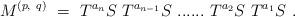
LaTeX: \begin{align*}M^{(p,~q)}~=~ T^{a_n} S~ T^{a_{n-1}} S~ ......~T^{a_2}S~ T^{a_1} S~.\end{align*}